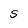
Character: S